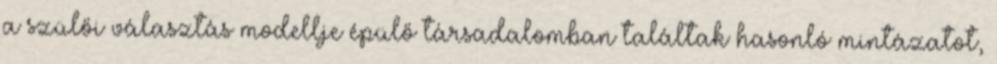
a szülői választás modellje épülő társadalomban találtak hasonló mintázatot,